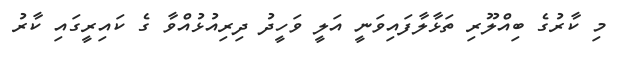
މި ކާރުގެ ބިއްލޫރި ތަޅާލާފައިވަނީ އަލީ ވަހީދު ދިރިއުޅުއްވާ ގެ ކައިރީގައި ކާރު